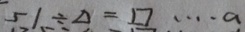
5 1 \div \Delta = \square \cdots a